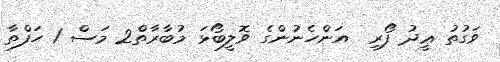
ވަގުތު ޢީދު ފޯރި  އަންހެނުންގެ ވޮލީބޯޅަ މުބާރާތް2 މަސް 1 ހަފްތާ